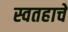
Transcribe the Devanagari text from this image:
स्वतहाचे